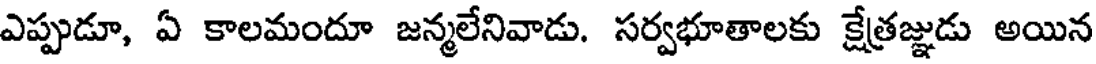
ఎప్పుడూ, ఏ కాలమందూ జన్మలేనివాడు. సర్వభూతాలకు క్షేత్రజ్ఞుడు అయిన